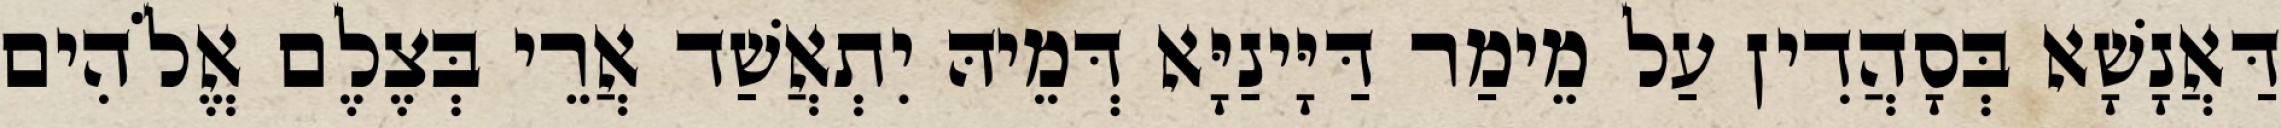
דַּאֲנָשָׁא בְּסָהֲדִין עַל מֵימַר דַּיָּינַיָּא דְּמֵיהּ יִתְאֲשַׁד אֲרֵי בְּצֶלֶם אֱלֹהִים